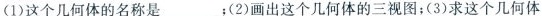
（1）这个几何体的名称是___;（2）画出这个几何体的三视图；（3）求这个几何体